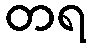
တရ